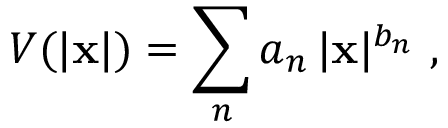
V ( | { \bf x } | ) = \sum _ { n } a _ { n } \, | { \bf x } | ^ { b _ { n } } \ ,